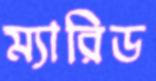
ম্যারিড